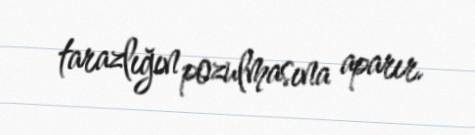
tarazlığın pozulmasına aparır.